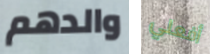
والدهم أفعلي